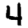
Digit: 4